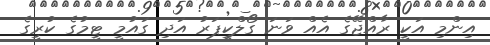
އިންމި އަކީ ރާއްޖޭގެ އެއް ވަަނަ ގޯލްކީޕަރު އަދި ގައުމީ ޓީމުގެ ކުރީގެ